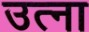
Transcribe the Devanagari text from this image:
उत्ना